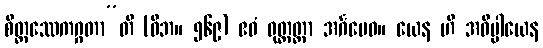
စိတ္တဿေကဂ္ဂတာ”တိ (ဝိဘ။ ၅၆၉) ဧဝံ ဝုတ္တတ္တာ အင်္ဂမေဝ။ ယေန ဟိ အဓိပ္ပါယေန